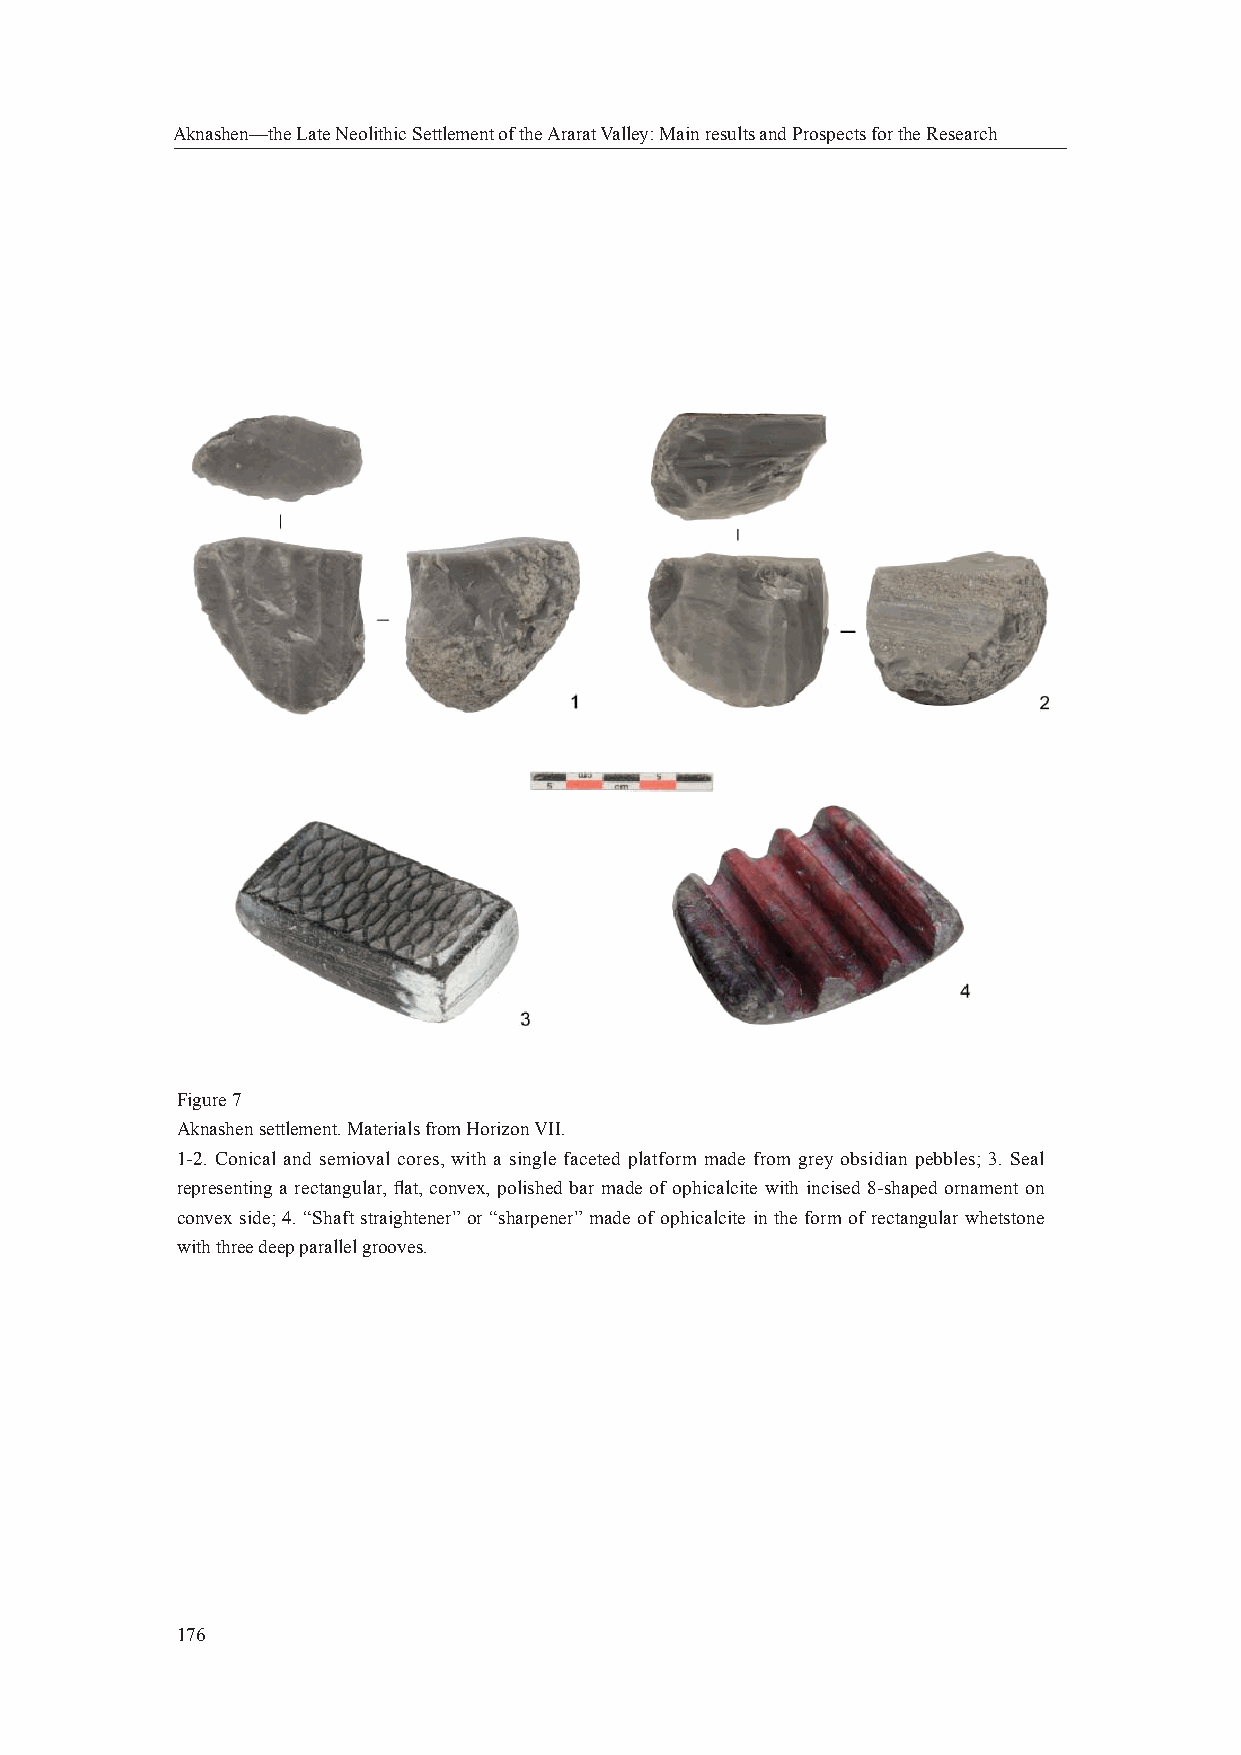
Aknashen—the Late Neolithic Settlement of the Ararat Valley: Main results and Prospects for the Research
 Figure 7
 Aknashen settlement. Materials from Horizon VII.
 1-2. Conical and semioval cores, with a single faceted platform made from grey obsidian pebbles; 3. Seal
 representing a rectangular, fl at, convex, polished bar made of ophicalcite with incised 8-shaped ornament on
 convex side; 4. “Shaft straightener” or “sharpener” made of ophicalcite in the form of rectangular whetstone
 with three deep parallel grooves.
 176